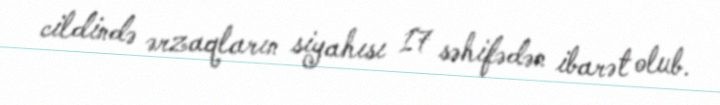
cildində ərzaqların siyahısı 17 səhifədən ibarət olub.